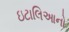
ઇટાલિઆનો